Report on the Calcutta epizootic or cattle disease of 1864 in Calcutta and its neighbourhood
Year: 1864
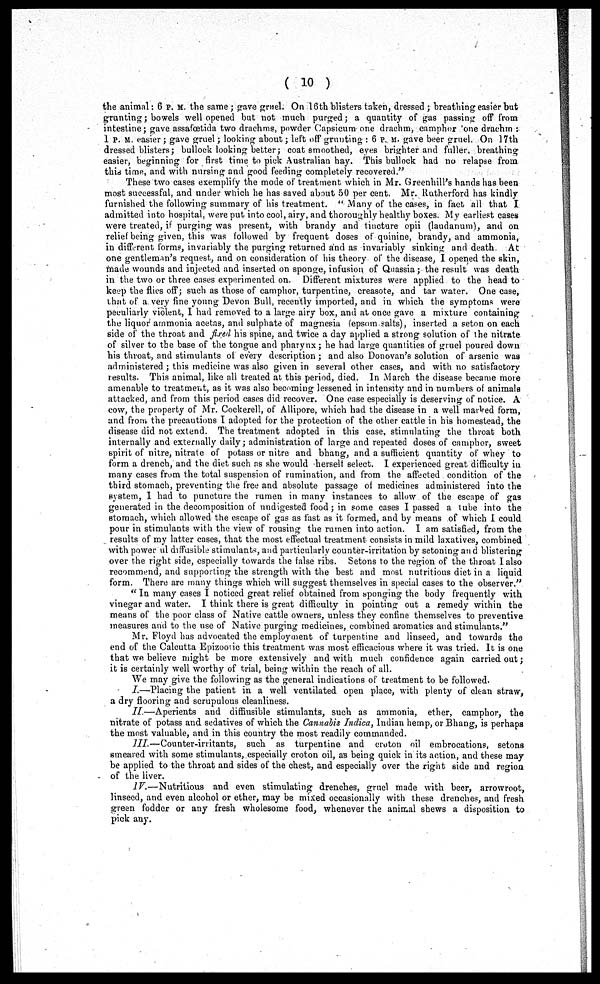
( 10 )
the animal: 6 P. M. the same; gave gruel. On 16th blisters taken, dressed; breathing easier but
grunting; bowels well opened but not much purged; a quantity of gas passing off from
intestine; gave assafœtida two drachms, powder Capsicum one drachm, camphor one drachm :
1 P. M. easier ; gave gruel; looking about; left off grunting : 6 P. M. gave beer gruel. On 17th
dressed blisters; bullock looking better; coat smoothed, eyes brighter and fuller, breathing
easier, beginning for first time to pick Australian hay. This bullock had no relapse from
this time, and with nursing and good feeding completely recovered."
These two cases exemplify the mode of treatment which in Mr. Greenhill's hands has been
most successful, and under which he has saved about 50 per cent. Mr. Rutherford has kindly
furnished the following summary of his treatment. " Many of the cases, in fact all that I
admitted into hospital, were put into cool, airy, and thoroughly healthy boxes. My earliest cases
were treated, if purging was present, with brandy and tincture opii (laudanum), and on
relief being given, this was followed by frequent doses of quinine, brandy, and ammonia,
in different forms, invariably the purging returned and as invariably sinking and death At
one gentleman's request, and on consideration of his theory of the disease, I opened the skin,
made wounds and injected and inserted on sponge, infusion, of Quassia; the result was death
in the two or three cases experimented on. Different mixtures were applied to the head to
keep the flies off; such as those of camphor, turpentine, creasote, and tar water. One case,
that of a very fine young Devon Bull, recently imported, and in which the symptoms were
peculiarly violent, I had removed to a large airy box, and at once gave a mixture containing
the liquor ammonia acetas, and sulphate of magnesia (epsom salts), inserted a seton on each
side of the throat and fixed his spine, and twice a day applied a strong solution of the nitrate
of silver to the base of the tongue and pharynx ; he had large quantities of gruel poured down
his throat, and stimulants of every description; and also Donovan's solution of arsenic was
administered ; this medicine was also given in several other cases, and with no satisfactory
results. This animal, like all treated at this period, died. In March the disease became mote
amenable to treatment, as it was also becoming lessened in intensity and in numbers of animals
attacked, and from this period cases did recover. One case especially is deserving of notice. A
cow, the property of Mr. Cockerell, of Allipore, which had the disease in a well marked form,
and from the precautions I adopted for the protection of the other cattle in his homestead, the
disease did not extend. The treatment adopted in this case, stimulating the throat both
internally and externally daily; administration of large and repeated doses of camphor, sweet
spirit of nitre, nitrate of potass or nitre and bhang, and a sufficient quantity of whey to
form a drench, and the diet such as she would herself select. I experienced great difficulty in
many cases from the total suspension of rumination, and from the affected condition of the
third stomach, preventing the free and absolute passage of medicines administered into the
system, I had to puncture the rumen in many instances to allow of the escape of gas
generated in the decomposition of undigested food; in some cases I passed a tube into the
stomach, which allowed the escape of gas as fast as it formed, and by means of which I could
pour in stimulants with the view of rousing the rumen into action. I am satisfied, from the
results of my latter cases, that the most effectual treatment consists in mild laxatives, combined
with powerful diffusible stimulants, and particularly counter-irritation by setoning and blistering
over the right side, especially towards the false ribs. Setons to the region of the throat I also
recommend, and supporting the strength with the best and most nutritious diet in a liquid
form. There are many things which will suggest themselves in special cases to the observer."
"In many cases I noticed great relief obtained from sponging the body frequently with
vinegar and water. I think there is great difficulty in pointing out a remedy within the
means of the poor class of Native cattle owners, unless they confine themselves to preventive
measures and to the use of Native purging medicines, combined aromatics and stimulants."
Mr. Floyd has advocated the employment of turpentine and linseed, and towards the
end of the Calcutta Epizootic this treatment was most efficacious where it was tried. It is one
that we believe might be more extensively and with much confidence again carried out;
it is certainly well worthy of trial, being within the reach of all.
We may give the following as the general indications of treatment to be followed.
I.—Placing the patient in a well ventilated open place, with plenty of clean straw,
a dry flooring and scrupulous cleanliness.
II.—Aperients and diffiusible stimulants, such as ammonia, ether, camphor, the
nitrate of potass and sedatives of which the Cannabis Indica, Indian hemp, or Bhang, is perhaps
the most valuable, and in this country the most readily commanded.
III.—Counter-irritants,
such as turpentine and croton oil embrocations, setons
smeared with some stimulants, especially croton oil, as being quick in its action, and these may
be applied to the throat and sides of the chest, and especially over the right side and region
of the liver.
IV.—Nutritious
and even stimulating drenches, gruel made with beer, arrowroot,
linseed, and even alcohol or ether, may be mixed occasionally with these drenches, and fresh
green fodder or any fresh wholesome food, whenever the animal shews a disposition to
pick any.